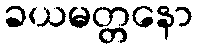
ခယမတ္တနော